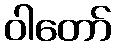
ဝါတော်